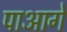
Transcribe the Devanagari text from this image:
पाआगे